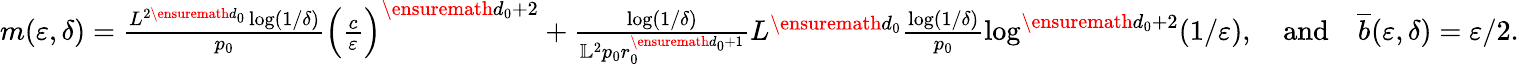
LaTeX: \begin{array}{r}{m(\varepsilon,\delta)=\frac{L^{2\ensuremath{d}_{0}}\log(1/\delta)}{p_{0}}\Big(\frac{c}{\varepsilon}\Big)^{\ensuremath{d}_{0}+2}+\frac{\log(1/\delta)}{\mathbb{L}^{2}p_{0}r_{0}^{\ensuremath{d}_{0}+1}}L^{\ensuremath{d}_{0}}\frac{\log(1/\delta)}{p_{0}}\log^{\ensuremath{d}_{0}+2}(1/\varepsilon),\quad\mathrm{and}\quad\overline{{b}}(\varepsilon,\delta)=\varepsilon/2.}\end{array}